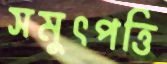
সমুৎপত্তি